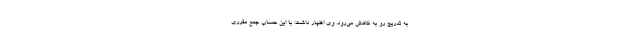
به تدریج رو به کاهش می‌رود. وی اظهار داشت: با این حساب جمع مقرری